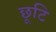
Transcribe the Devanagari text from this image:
छूटि